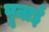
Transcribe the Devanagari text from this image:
पूनाई